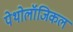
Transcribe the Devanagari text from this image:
पेथोलॉजिकल